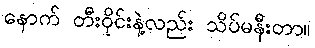
နောက် တီးဝိုင်းနဲ့လည်း သိပ်မနီးတာ။